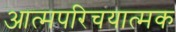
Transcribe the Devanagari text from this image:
आत्मपरिचयात्मक